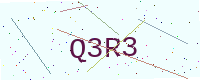
Text: Q3R3